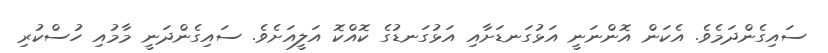
ސައިގެންދަމެވެ. އެކަން އޮންނަނީ އަޅުގަނޑަށާއި އަޅުގަނޑުގެ ކޮއްކޮ އަލީއަށެވެ. ސައިގެންދަނީ މާމުއި ހުސްކުރި